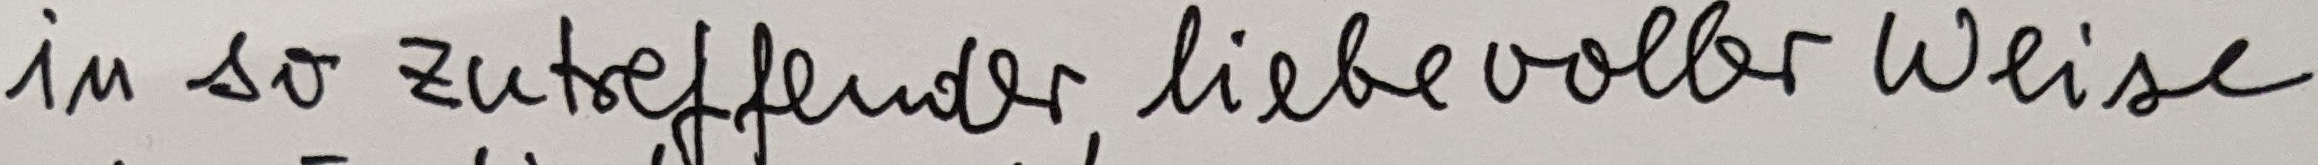
in so zutreffender, liebevoller Weise